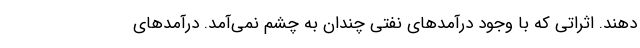
دهند. اثراتی که با وجود درآمدهای نفتی چندان به چشم نمی‌آمد. درآمدهای